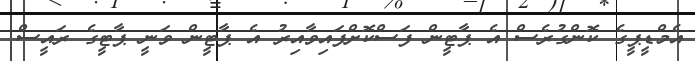
އެމްޑީޕީގެ ކޮންގުރެސް އެ ޕާޓީން ފަސްކޮށްފައިވާއިރު އެ ޕާޓީން ވަނީ ޕާޓީގެ ރައީސް